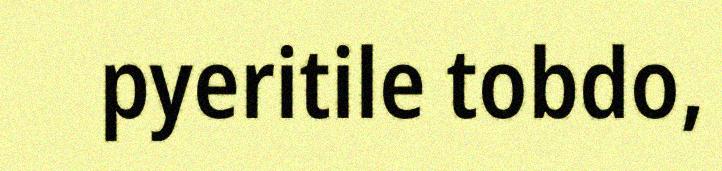
pyeritile tobdo,